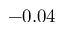
- 0 . 0 4